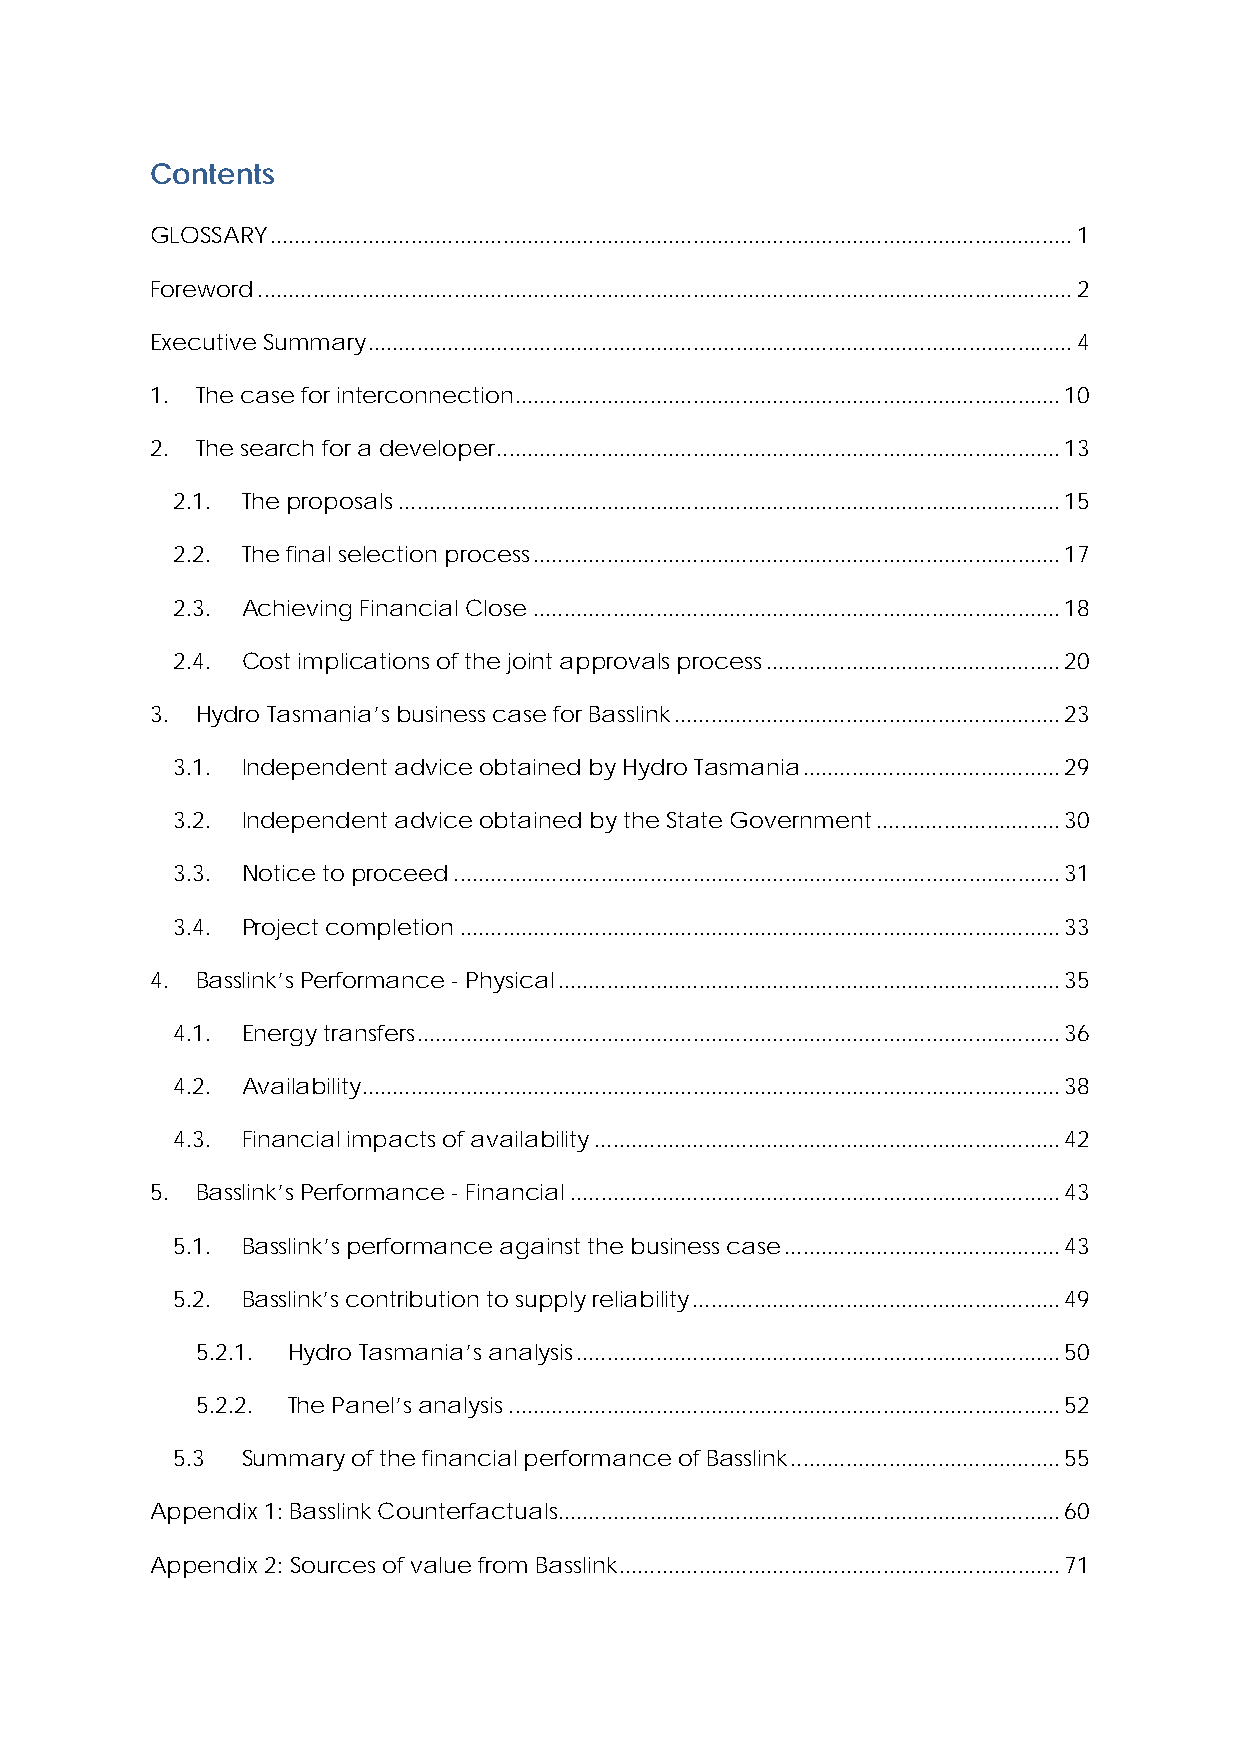
Contents
 GLOSSARY ................................................................................................................................... 1
 Foreword ..................................................................................................................................... 2
 Executive Summary ................................................................................................................... 4
 1. The case for interconnection ......................................................................................... 10
 2. The search for a developer ............................................................................................ 13
 2.1. The proposals ............................................................................................................ 15
 2.2. The final selection process ...................................................................................... 17
 2.3. Achieving Financial Close ...................................................................................... 18
 2.4. Cost implications of the joint approvals process ................................................ 20
 3. Hydro Tasmania’s business case for Basslink ............................................................... 23
 3.1. Independent advice obtained by Hydro Tasmania .......................................... 29
 3.2. Independent advice obtained by the State Government .............................. 30
 3.3. Notice to proceed ................................................................................................... 31
 3.4. Project completion .................................................................................................. 33
 4. Basslink’s Performance - Physical .................................................................................. 35
 4.1. Energy transfers ......................................................................................................... 36
 4.2. Availability .................................................................................................................. 38
 4.3. Financial impacts of availability ............................................................................ 42
 5. Basslink’s Performance - Financial ................................................................................ 43
 5.1. Basslink’s performance against the business case ............................................. 43
 5.2. Basslink’s contribution to supply reliability ............................................................ 49
 5.2.1. Hydro Tasmania’s analysis ............................................................................... 50
 5.2.2. The Panel’s analysis .......................................................................................... 52
 5.3  Summary of the financial performance of Basslink ............................................ 55
 Appendix 1: Basslink Counterfactuals. ................................................................................. 60
 Appendix 2: Sources of value from Basslink ........................................................................ 71